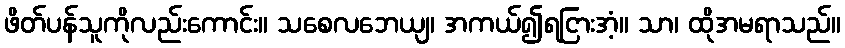
ဖိတ်ပန်သူကိုလည်းကောင်း။ သစေလဘေယျ၊ အကယ်၍ရငြားအံ့။ သာ၊ ထိုအမရာသည်။